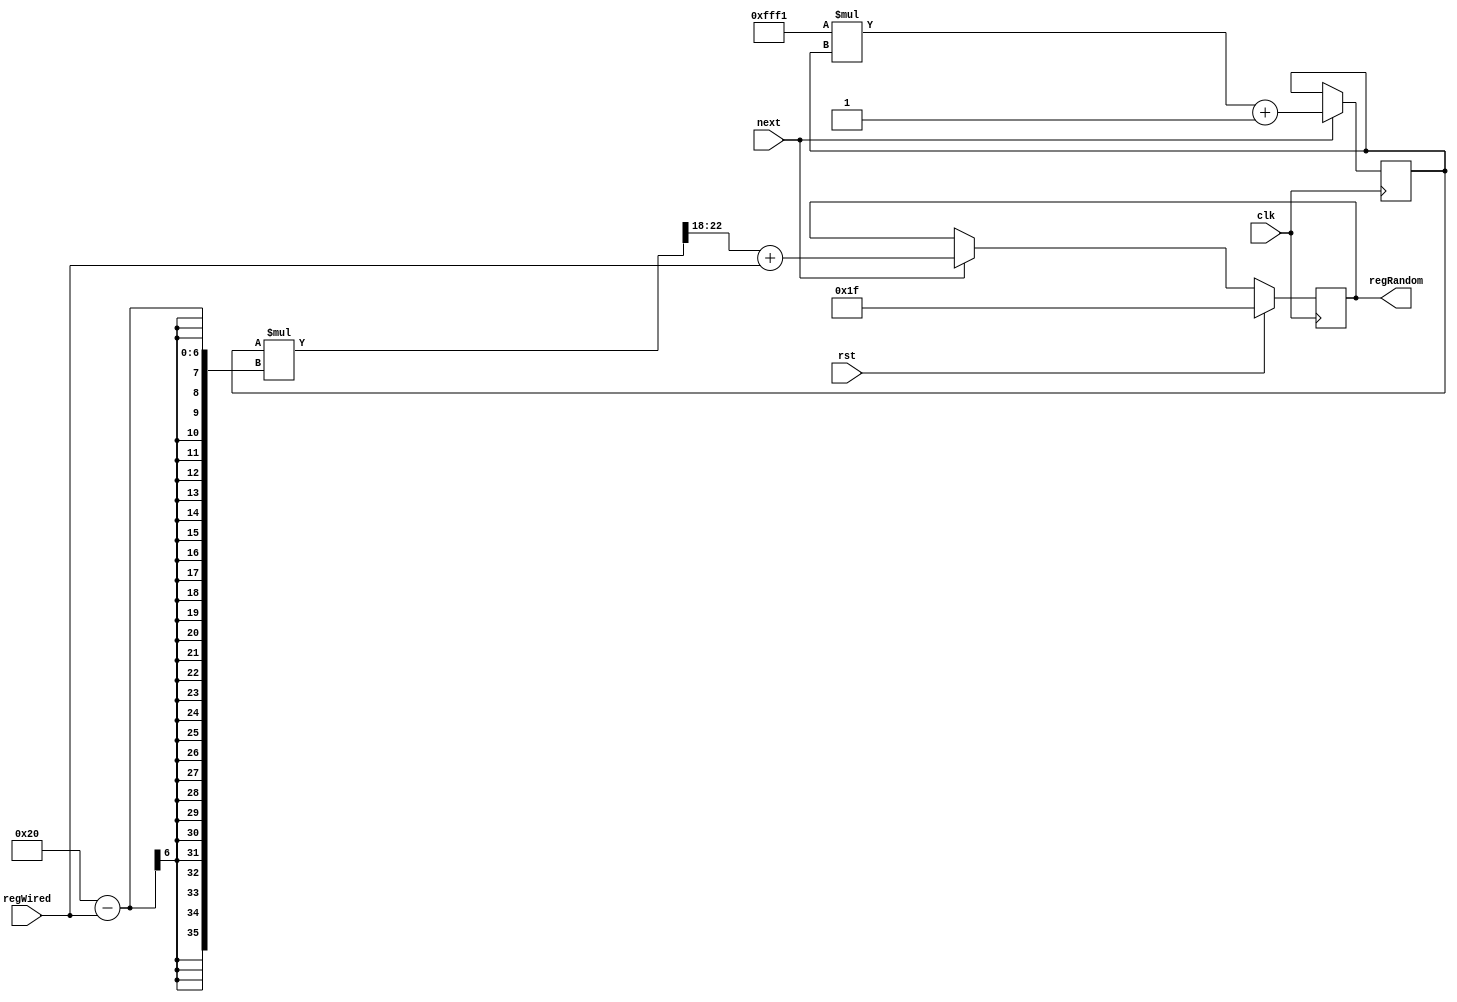
`timescale 1ns / 1ps
/**
 * 18-bit LCG used as the PRNG for generating the value of Random register.
 * Formula: (65521*X+1) % 2^18
 * Should be updated only at TLBWR instruction execution.
 * 
 * @author Yunye Pu
 */
module TLBRNG(
	input clk, input rst, input next,
	input [4:0] regWired, output reg [4:0] regRandom = 5'd31
);
	
	reg [17:0] prng = 18'h143fd;
	wire [35:0] product = prng * (32 - regWired);
	
	always @ (posedge clk)
	if(rst)
		regRandom <= 5'd31;
	else if(next)
		regRandom <= product[22:18] + regWired;
	
	always @ (posedge clk)
	if(next) prng <= (65521 * prng + 1);//Higher bits are truncated
	
endmodule